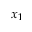
x _ { 1 }